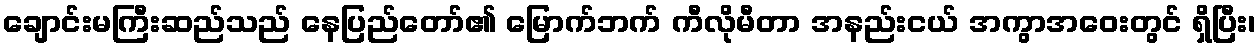
ချောင်းမကြီးဆည်သည် နေပြည်တော်၏ မြောက်ဘက် ကီလိုမီတာ အနည်းငယ် အကွာအဝေးတွင် ရှိပြီး၊